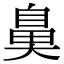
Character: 𮮱